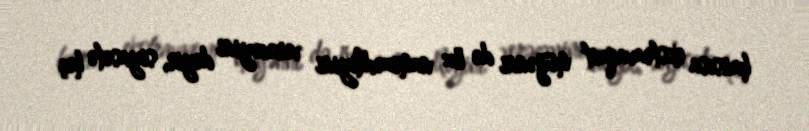
hansısa ekstravaqant müğənni də öz namizədliyini verəcəyini deyir, siyasətə heç